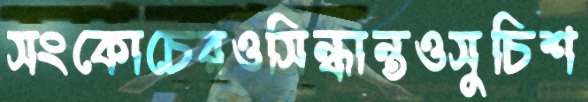
সংকোচেরওসিন্ধান্তওসুচিশ